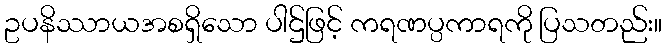
ဥပနိဿာယအစရှိသော ပါဌ်ဖြင့် ကရဏပ္ပကာရကို ပြသတည်း။